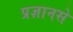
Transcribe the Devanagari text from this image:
प्रज्ञानसे